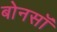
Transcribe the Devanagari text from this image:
बोनसॉ